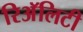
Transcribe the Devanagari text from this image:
रिअॅलिटी